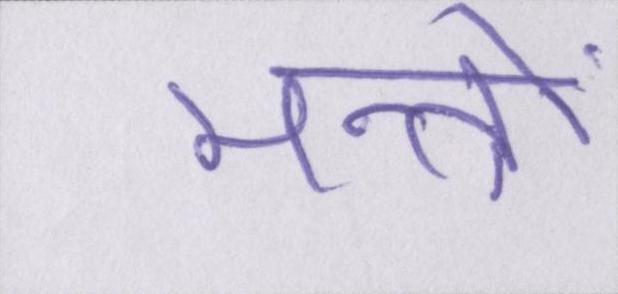
मन्त्रों